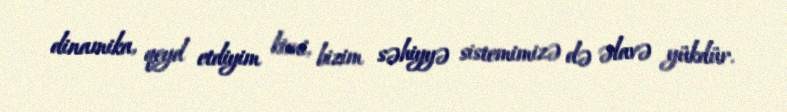
dinamika, qeyd etdiyim kimi, bizim səhiyyə sistemimizə də əlavə yükdür.